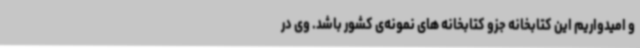
و امیدواریم این کتابخانه جزو کتابخانه های نمونه‌ی کشور باشد. وی در